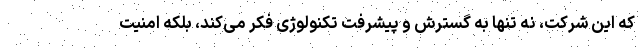
که این شرکت، نه تنها به گسترش و پیشرفت تکنولوژی فکر می‌کند، بلکه امنیت